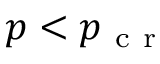
p < p _ { \mathrm { ~ c ~ r ~ } }